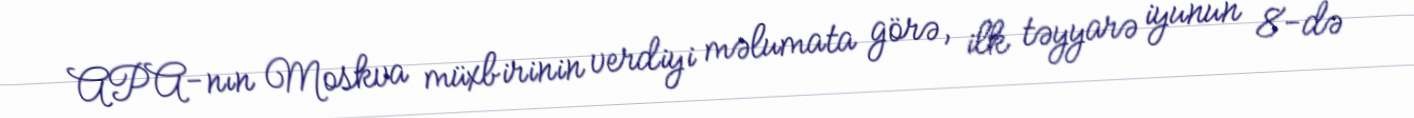
APA-nın Moskva müxbirinin verdiyi məlumata görə, ilk təyyarə iyunun 8-də